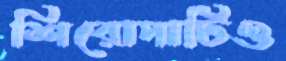
শিরোপাটিও